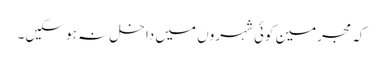
کہ مجرمین کوئی شہروں میں داخل نہ ہو سکیں۔